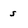
Character: s